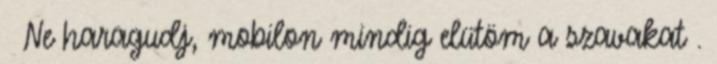
🙂 Ne haragudj, mobilon mindig elütöm a szavakat .